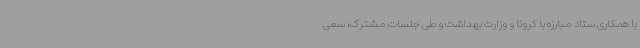
با همکاری ستاد مبارزه با کرونا و وزارت بهداشت و طی جلسات مشترک، سعی